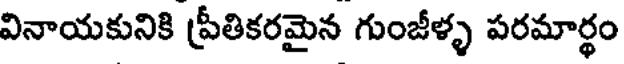
వినాయకునికి ప్రీతికరమైన గుంజీళ్ళ పరమార్థం